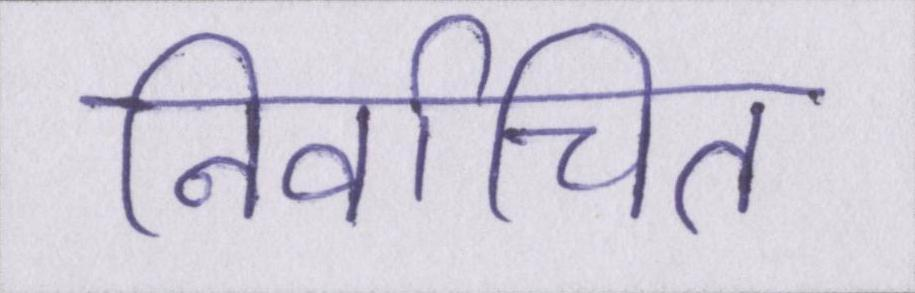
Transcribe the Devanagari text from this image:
निर्वाचित